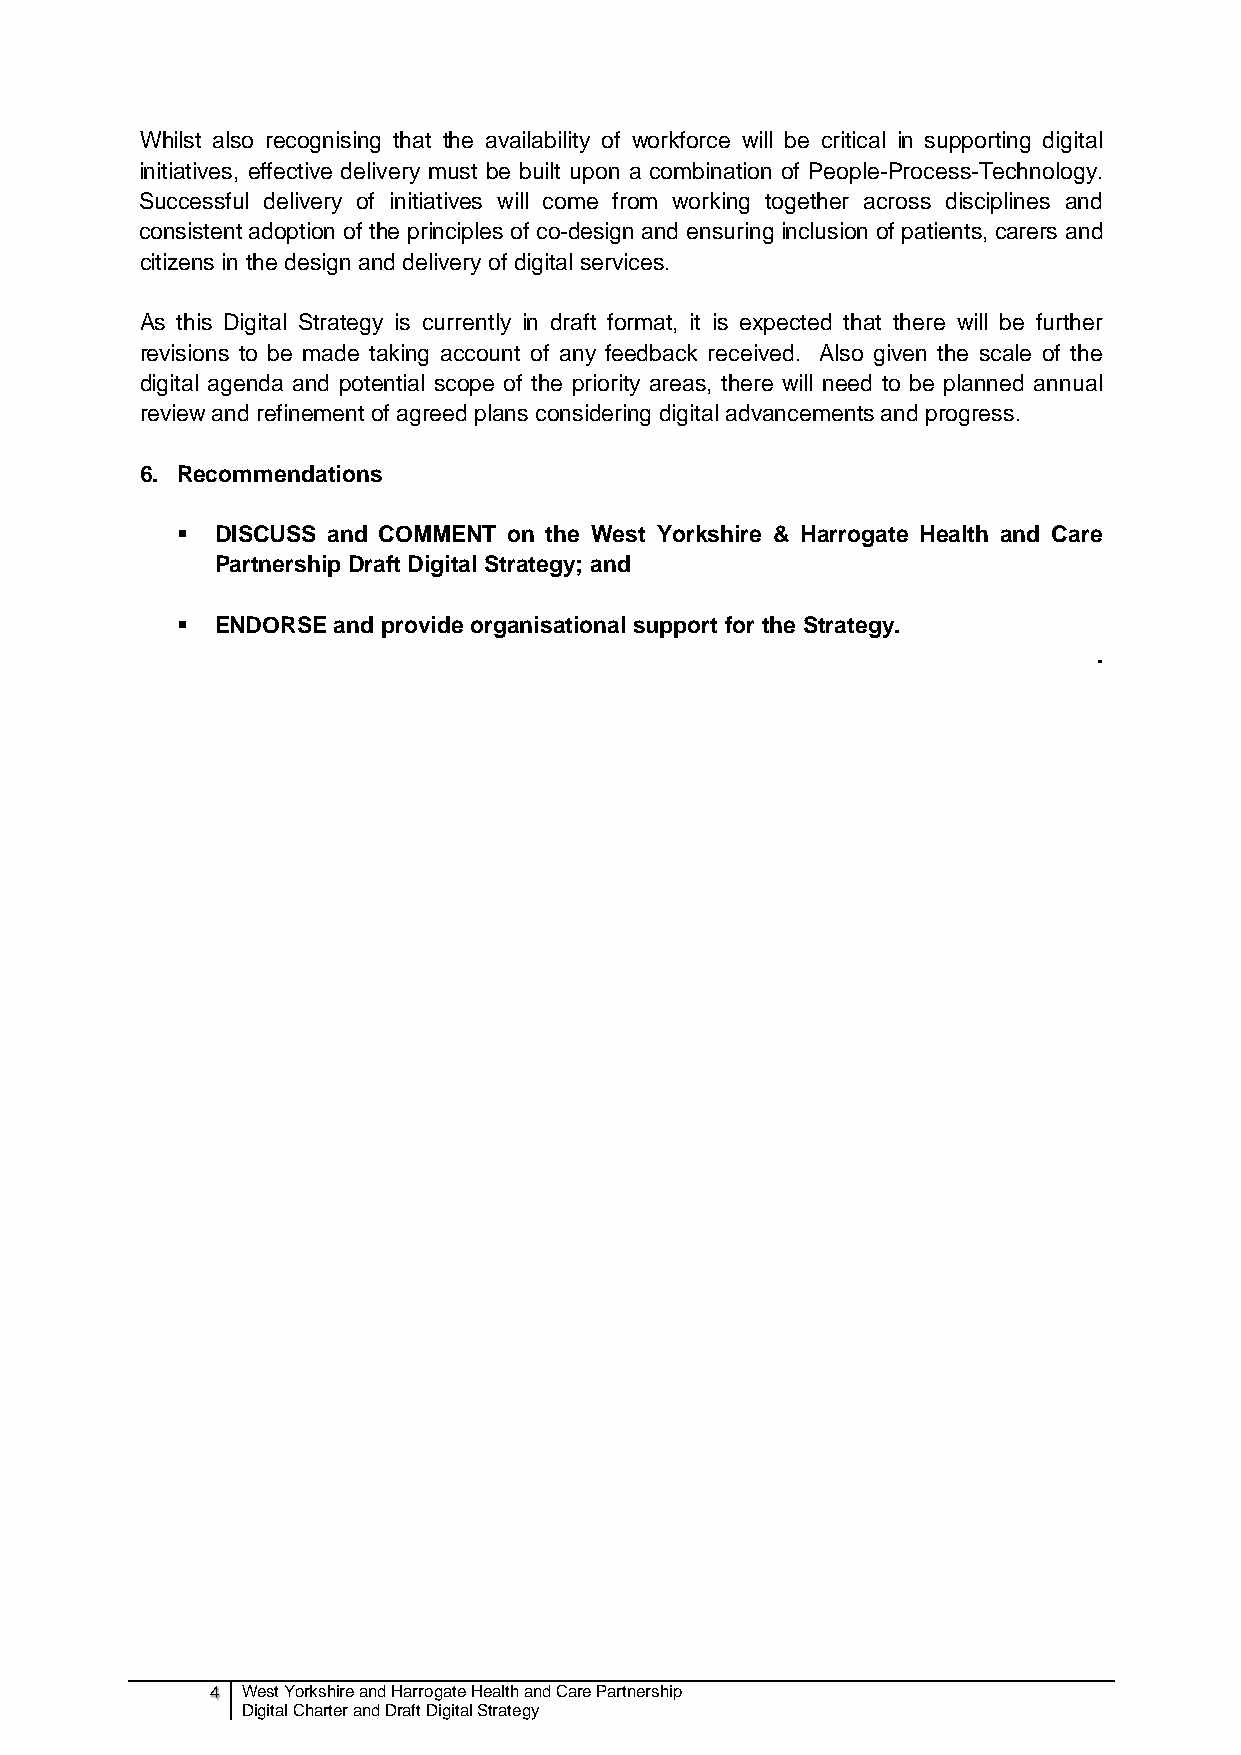
Whilst also recognising that the availability of workforce will be critical in supporting digital
 initiatives, effective delivery must be built upon a combination of People-Process-Technology.
 Successful delivery of initiatives will come from working together across disciplines and
 consistent adoption of the principles of co-design and ensuring inclusion of patients, carers and
 citizens in the design and delivery of digital services.
 As this Digital Strategy is currently in draft format, it is expected that there will be further
 revisions to be made taking account of any feedback received. Also given the scale of the
 digital agenda and potential scope of the priority areas, there will need to be planned annual
 review and refinement of agreed plans considering digital advancements and progress.
 6. Recommendations
  DISCUSS and COMMENT on the West Yorkshire & Harrogate Health and Care
 Partnership Draft Digital Strategy; and
  ENDORSE and provide organisational support for the Strategy.
 .
 4 West Yorkshire and Harrogate Health and Care Partnership
 Digital Charter and Draft Digital Strategy